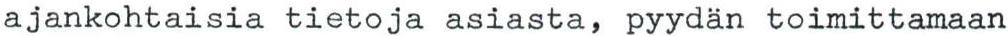
ajankohtaisia tietoja asiasta, pyydän toimittamaan